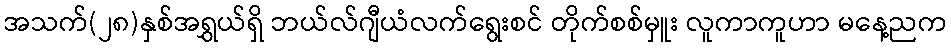
အသက်(၂၈)နှစ်အရွှယ်ရှိ ဘယ်လ်ဂျီယံလက်ရွေးစင် တိုက်စစ်မှူး လူကာကူဟာ မနေ့ညက